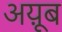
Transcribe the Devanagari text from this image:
अय़ूब